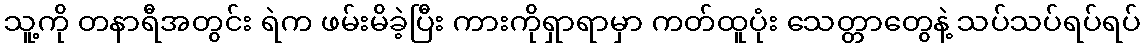
သူ့ကို တနာရီအတွင်း ရဲက ဖမ်းမိခဲ့ပြီး ကားကိုရှာရာမှာ ကတ်ထူပုံး သေတ္တာတွေနဲ့ သပ်သပ်ရပ်ရပ်